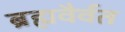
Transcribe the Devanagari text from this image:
ब्रह्मवैर्वत